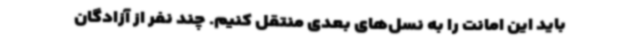
باید این امانت را به نسل‌های بعدی منتقل کنیم. چند نفر از آزادگان